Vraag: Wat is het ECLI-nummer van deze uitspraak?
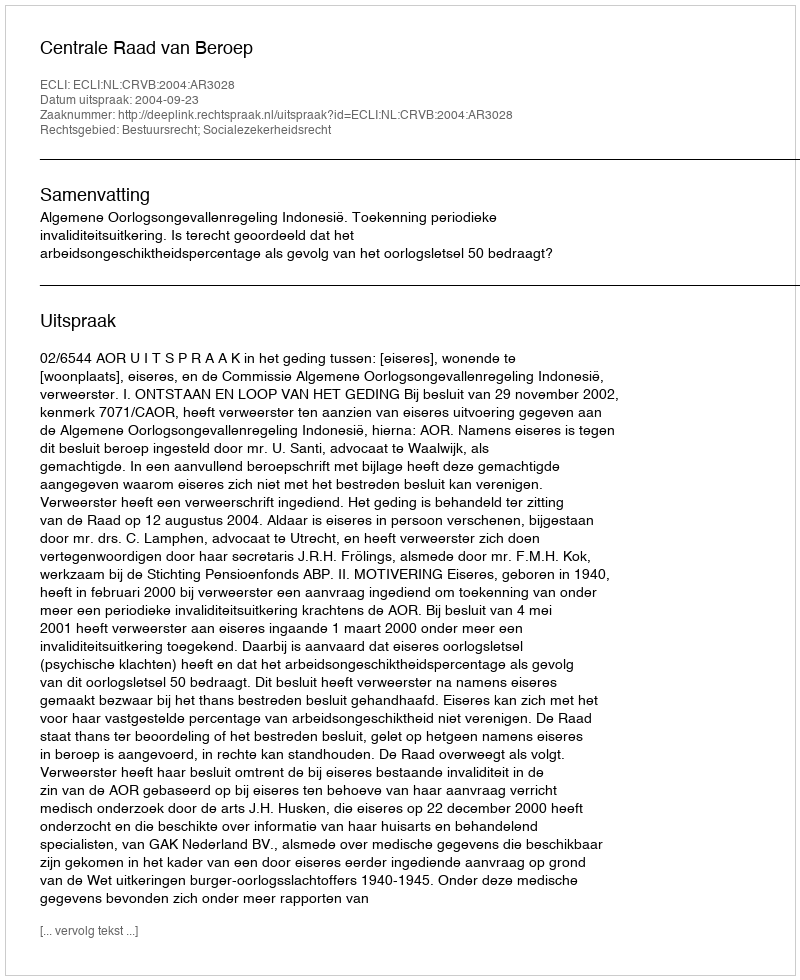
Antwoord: ECLI:NL:CRVB:2004:AR3028